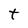
Character: t